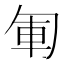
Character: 𠣞